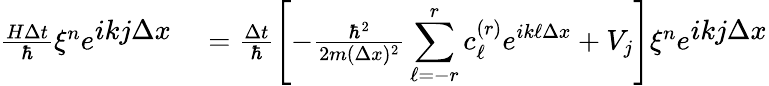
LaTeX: \begin{array}{rl}{\frac{H\Delta t}{\hbar}\xi^{n}e^{\displaystyle ikj\Delta x}}&{{}=\frac{\Delta t}{\hbar}\left[-\frac{\hbar^{2}}{2m(\Delta x)^{2}}\displaystyle\sum_{\ell=-r}^{r}c_{\ell}^{(r)}e^{ik\ell\Delta x}+V_{j}\right]\xi^{n}e^{\displaystyle ikj\Delta x}}\end{array}